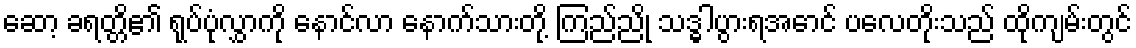
ဆော့ ခရတ္တိ၏ ရုပ်ပုံလွှာကို နောင်လာ နောက်သားတို့ ကြည်ညို သဒ္ဓါပွားရအောင် ပလေတိုးသည် ထိုကျမ်းတွင်